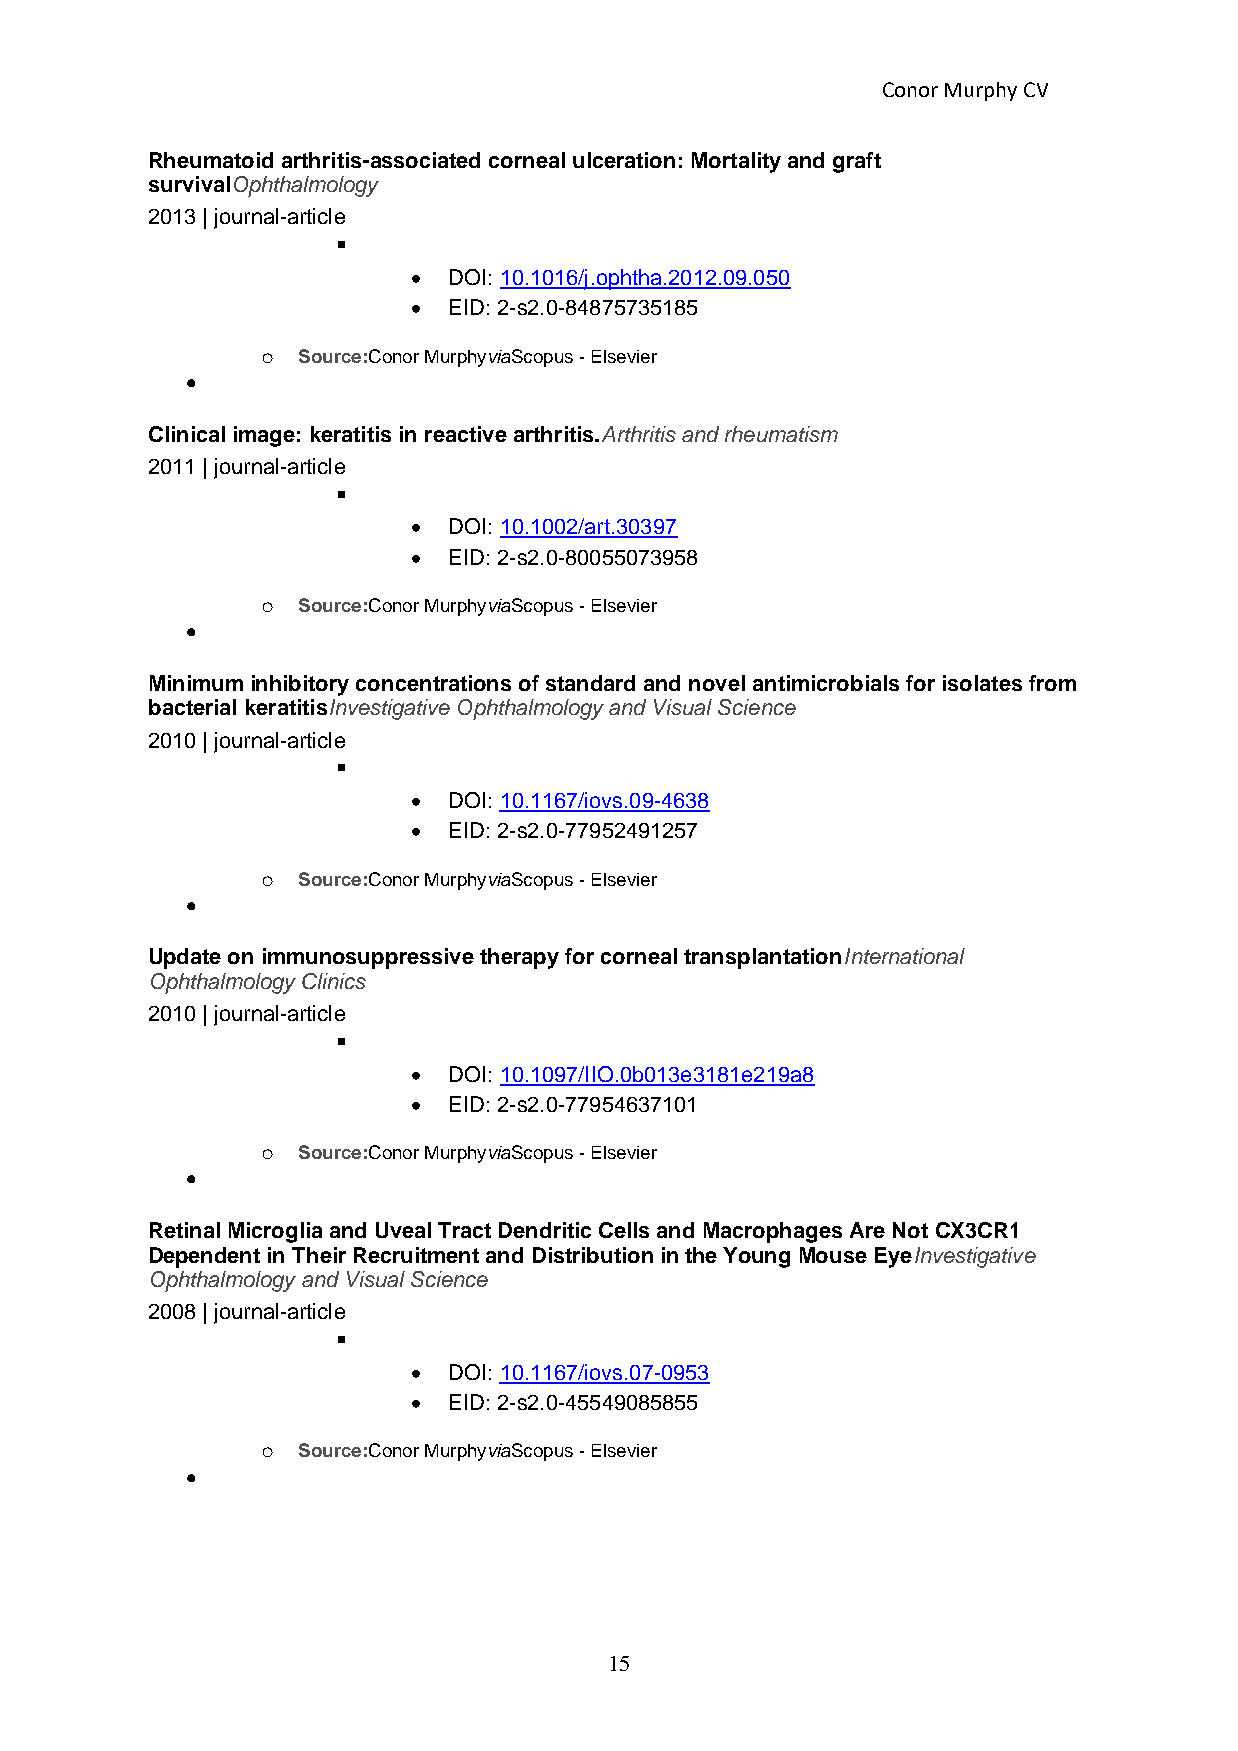
Conor Murphy CV
 Rheumatoid arthritis-associated corneal ulceration: Mortality and graft
 survivalOphthalmology
 2013 | journal-article
 ▪
 •  DOI: 10.1016/j.ophtha.2012.09.050
 •  EID: 2-s2.0-84875735185
 o  Source:Conor MurphyviaScopus - Elsevier
 •
 Clinical image: keratitis in reactive arthritis.Arthritis and rheumatism
 2011 | journal-article
 ▪
 •  DOI: 10.1002/art.30397
 •  EID: 2-s2.0-80055073958
 o  Source:Conor MurphyviaScopus - Elsevier
 •
 Minimum inhibitory concentrations of standard and novel antimicrobials for isolates from
 bacterial keratitisInvestigative Ophthalmology and Visual Science
 2010 | journal-article
 ▪
 •  DOI: 10.1167/iovs.09-4638
 •  EID: 2-s2.0-77952491257
 o  Source:Conor MurphyviaScopus - Elsevier
 •
 Update on immunosuppressive therapy for corneal transplantationInternational
 Ophthalmology Clinics
 2010 | journal-article
 ▪
 •  DOI: 10.1097/IIO.0b013e3181e219a8
 •  EID: 2-s2.0-77954637101
 o  Source:Conor MurphyviaScopus - Elsevier
 •
 Retinal Microglia and Uveal Tract Dendritic Cells and Macrophages Are Not CX3CR1
 Dependent in Their Recruitment and Distribution in the Young Mouse EyeInvestigative
 Ophthalmology and Visual Science
 2008 | journal-article
 ▪
 •  DOI: 10.1167/iovs.07-0953
 •  EID: 2-s2.0-45549085855
 o  Source:Conor MurphyviaScopus - Elsevier
 •
 15